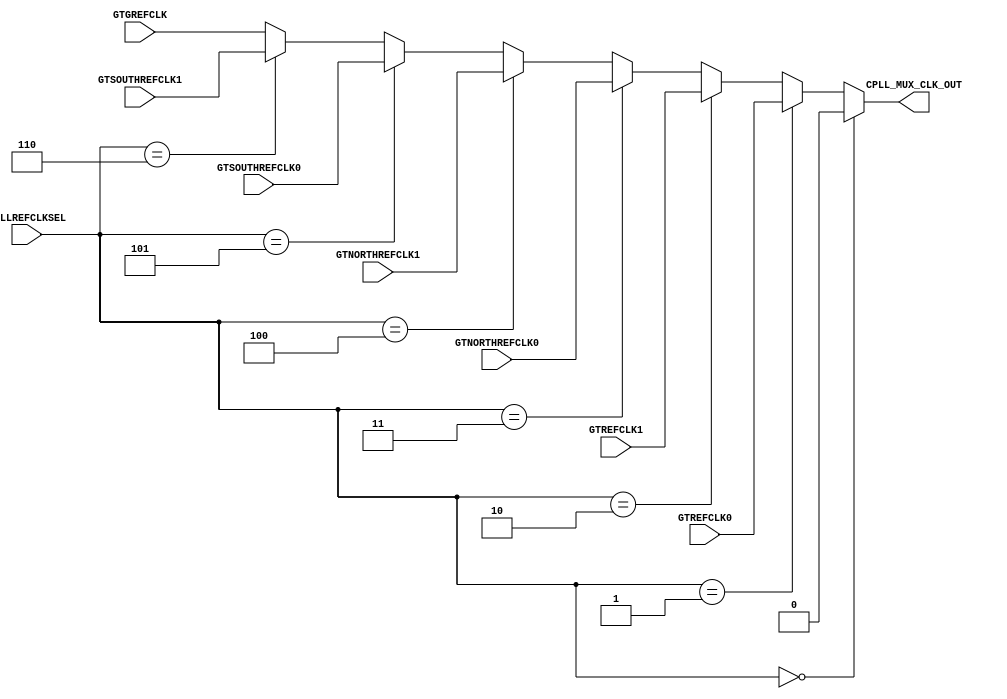
/*******************************************************************************
 * Module: gtxe2_chnl_cpll_inmux
 * Description: non-sinthesizable clock multiplexer, used in clocking scheme
 *
 * Copyright (c) 2015 Elphel, Inc.
 * gtxe2_chnl_cpll_inmux.v is free software; you can redistribute it and/or modify
 * it under the terms of the GNU General Public License as published by
 * the Free Software Foundation, either version 3 of the License, or
 * (at your option) any later version.
 *
 * gtxe2_chnl_cpll_inmux.v file is distributed in the hope that it will be useful,
 * but WITHOUT ANY WARRANTY; without even the implied warranty of
 * MERCHANTABILITY or FITNESS FOR A PARTICULAR PURPOSE.  See the
 * GNU General Public License for more details.
 *
 * You should have received a copy of the GNU General Public License
 * along with this program.  If not, see <http://www.gnu.org/licenses/> .
 *******************************************************************************/
// cpll reference clock mux
module gtxe2_chnl_cpll_inmux(
    input   wire    [2:0]   CPLLREFCLKSEL,
    input   wire            GTREFCLK0,
    input   wire            GTREFCLK1,
    input   wire            GTNORTHREFCLK0,
    input   wire            GTNORTHREFCLK1,
    input   wire            GTSOUTHREFCLK0,
    input   wire            GTSOUTHREFCLK1,
    input   wire            GTGREFCLK,
    output  wire            CPLL_MUX_CLK_OUT
);

// clock multiplexer - pre-syntesis simulation only
assign CPLL_MUX_CLK_OUT = CPLLREFCLKSEL == 3'b000 ?     1'b0 // reserved
                        : CPLLREFCLKSEL == 3'b001 ?     GTREFCLK0
                        : CPLLREFCLKSEL == 3'b010 ?     GTREFCLK1
                        : CPLLREFCLKSEL == 3'b011 ?     GTNORTHREFCLK0
                        : CPLLREFCLKSEL == 3'b100 ?     GTNORTHREFCLK1
                        : CPLLREFCLKSEL == 3'b101 ?     GTSOUTHREFCLK0
                        : CPLLREFCLKSEL == 3'b110 ?     GTSOUTHREFCLK1
                        : /*CPLLREFCLKSEL == 3'b111 ?*/ GTGREFCLK;

endmodule